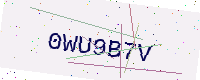
Text: 0WU9B7V